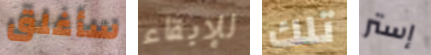
سأغلق للإبقاء تلك إستر